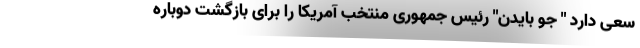
سعی دارد " جو بایدن" رئیس جمهوری منتخب آمریکا را برای بازگشت دوباره